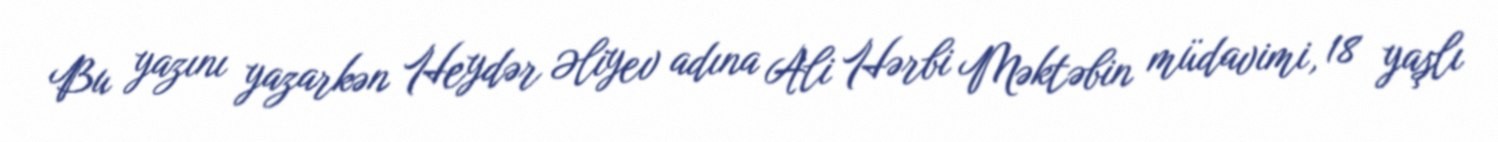
Bu yazını yazarkən Heydər Əliyev adına Ali Hərbi Məktəbin müdavimi, 18 yaşlı